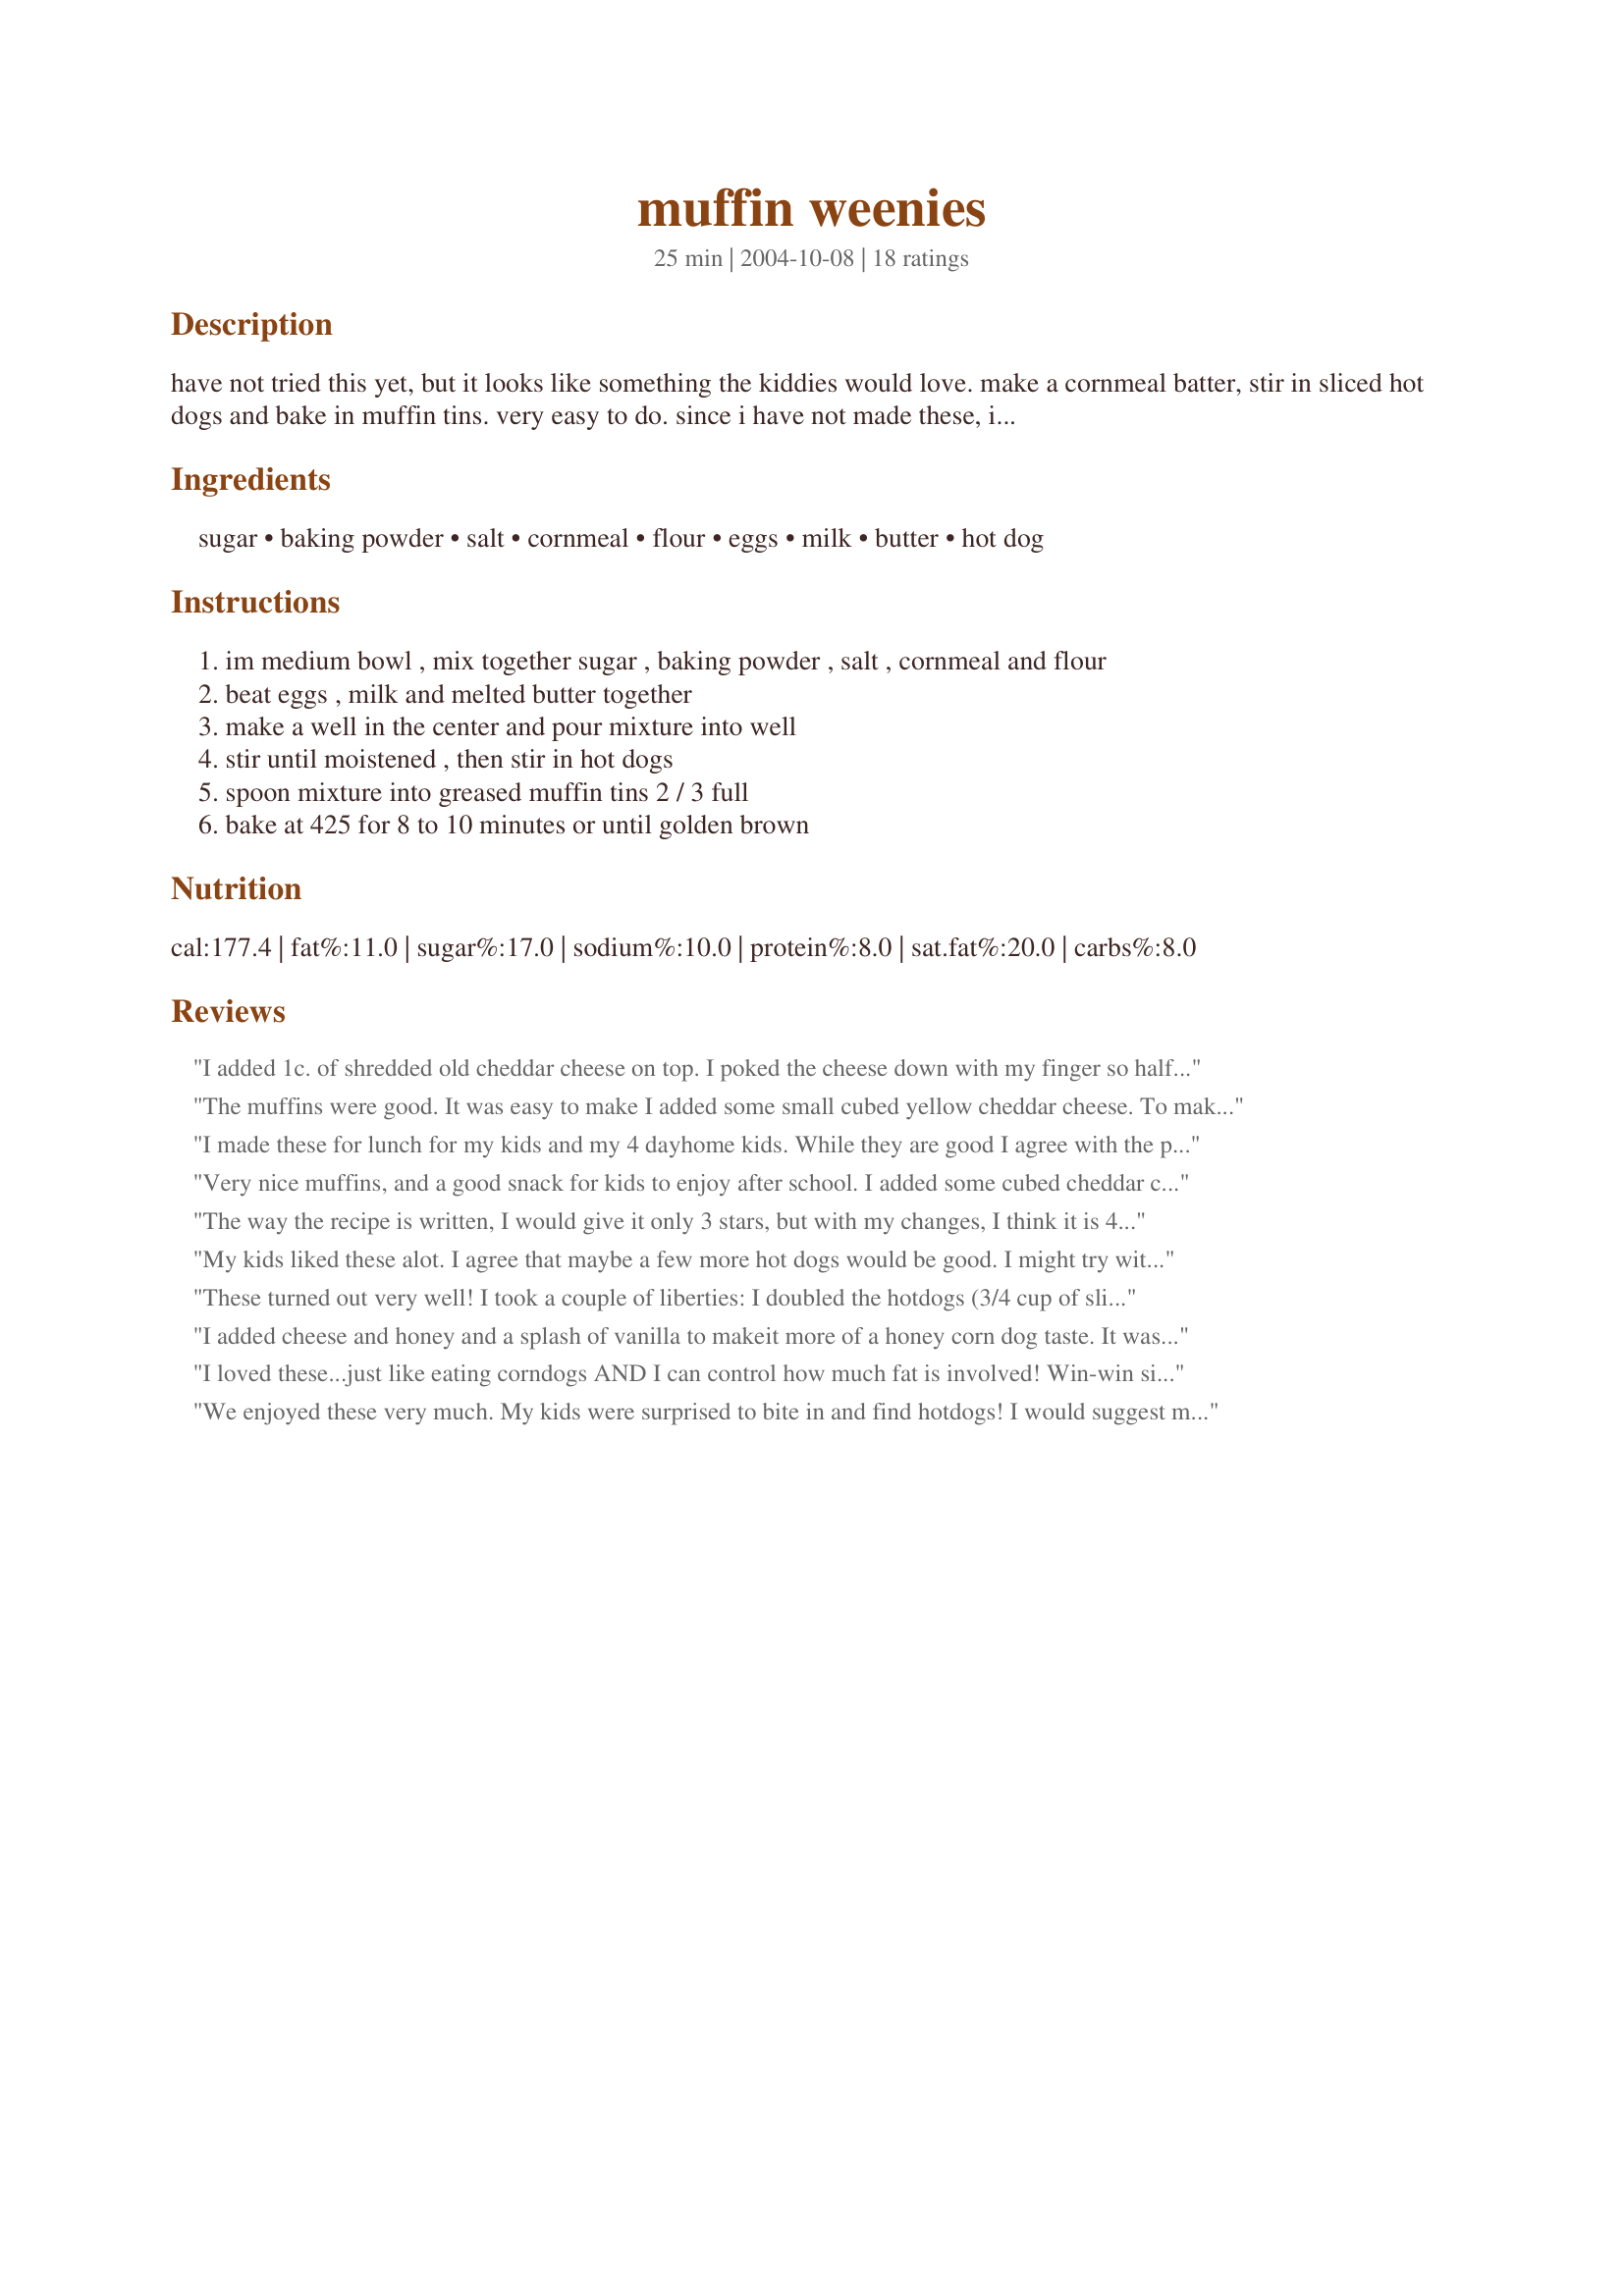
muffin weenies
Preparation time: 25 minutes

have not tried this yet, but it looks like something the kiddies would love. make a cornmeal batter, stir in sliced hot dogs and bake in muffin tins. very easy to do. since i have not made these, i am guessing at how many it makes.

Ingredients:
sugar, baking powder, salt, cornmeal, flour, eggs, milk, butter, hot dog

Steps:
im medium bowl , mix together sugar , baking powder , salt , cornmeal and flour, beat eggs , milk and melted butter together, make a well in the center and pour mixture into well, stir until moistened , then stir in hot dogs, spoon mixture into greased muffin tins 2 / 3 full, bake at 425 for 8 to 10 minutes or until golden brown

Reviews:
I added 1c. of shredded old cheddar cheese on top. I poked the cheese down with my finger so half was below the surface. This made them moist. Next time I might add some mustard powder, and use onion salt instead of salt. They were really bland, which I thought my little kids might appreciate, but not the adults.
The muffins were good. It was easy to make I added some small cubed yellow cheddar cheese. To make this muffins to tase more like "POGO", I think, hot dogs should be double or triple. I will try to make them again and update review later. I gave it only 4 stars because I thought something was missing, maybe hot dogs, or maybe next time I add some green onions for little extra. Thanks
I made these for lunch for my kids and my 4 dayhome kids. While they are good I agree with the previous review that it needs something else. I think next time I will add some onion, I think they would be great with some peperoni, some jalepenos, and a couple of shots of hot sauce. I did up the hot dogs to 4 and I would up it again. Previous posted mentioned corn, a can of cream corn would be a nice touch too. I will make these again for the kids but with a little tweaking. Thanks for a new idea for these fussy kids. I got 12 muffins + 12 mini muffins from one batch.
Very nice muffins, and a good snack for kids to enjoy after school. I added some cubed cheddar cheese to half my batter after I'd spooned my first 6 muffins into the muffin tin, and the 6 with the cheddar were tastier - only proving my theory that EVERYTHING tastes better with cheese on/in it! A definite 'do-again' recipe because it is easy-to-follow, quick, and kid-friendly.
The way the recipe is written, I would give it only 3 stars, but with my changes, I think it is 4 stars! I listened to the other reviewers and added shredded cheese to the batter and to the top of each muffin. I added 5 sliced hotdogs. I also added 3 sliced green onions, both the top and bottom parts and some black pepper. I also added about 4-5 shakes of Tobasco sauce. And I REDUCED the sugar to 1/8 cup. I can&#039;t stand sweet corn bread. This was so easy to make. Next time I will also add onion powder and maybe tiny ham cubes in lieu of hotdogs. Great recipe!
My kids liked these alot. I agree that maybe a few more hot dogs would be good. I might try with a little cheese next time as well. Thanks for sharing!
These turned out very well! I took a couple of liberties: I doubled the hotdogs (3/4 cup of sliced was 2 regular hot dogs) and I put a few slivers of grated cheddar cheese on the tops of 6 of them. The recipe is correct; it yields 12. I think these would be great for a kid's party! Just tell a bunch of first graders that you're servine "muffin weanies" and they will fall apart laughing!
I added cheese and honey and a splash of vanilla to makeit more of a honey corn dog taste. It was really good but also a little too crumbly for our house. That could be because of the pan we cooked it in. But i have two teenagers that eat a lot! Also drizzled honey on the top with some melted butter.
I loved these...just like eating corndogs AND I can control how much fat is involved! Win-win situation.
We enjoyed these very much. My kids were surprised to bite in and find hotdogs! I would suggest mixing the batter in a container with a spout to fill the muffin pans, as the batter is very thin.
We loved these. I left out the salt, and added pepperoni instead of the weinies. Will definitely make these again! I baked 12 min.
My two grade school-age daughters and husband really liked these. Good quick weeknight dinner. Its like a corn dog muffin. I used bologna instead of hot dogs as that was what I had on hand. I fried up 6 slices of bologna and cut in in little bits. I think frying made for a better flavor. The bologna bits mixed in quite well with the batter. It did make 12 cupcake-sized muffins. This recipe will make it into my dinner repertoire. Next time if I use hot dogs, I&#039;ll chop them up and quickly fry them first for flavor. Other than that, no changes needed. Thanks for posting!
Used my cornbread recipe because I have one I love already but with the idea of adding hot dogs. Also had some shredded cheddar. They came out great, kids and adults loved them. I made some in a mini muffin tin which tasted just like corn dogs!
MY 4 year old loves "Pogo" sticks and they are not cheap. Had to fight with her to try them and she was not pleased. The rest of the family loved them and I will make again. I think I will add cream corn next time to make them moister. They would be great with chili. I have some in the freezer and will post later if they freeze well. They may make a good grab and go addition to the lunch box.
My 7 year old made this - with help cutting. Very easy, fun & appealing to the younger set, although my DH and me will enjoy too! We used the Albers cornbread recipe on box & light hot dogs to save calories. My daughter added a bit of shredded cheddar on top and one sliced hot dog for decorations. Too fun!
My daughter loved these! I cheated and used corn muffin mix. I added cheese to mine and it was delicious! Thanks for the fun idea! Great for kids and quick and easy! Yummy too!
These were really easy to make and came out great. I made 12 and used only 1 egg. I added in more hot dogs as a few other reviewers had suggested and also added in pepperoni. I think next time I will try add in some onions, maybe some hot sauce and a few other ingredients to help give it some more flavor. 
These taste even better the next day. These are great quicky after school snacks and are also very portable. Thanks for sharing a different take on corn muffins.
We loved these! I used the lil&#039; smokies instead of hot dogs, and they were most excellent! I did them with one and some with 2 little sausages in them, and while I like the ones with 2 best, my husband preferred the ones with just one. They were great to have for breakfast too!
